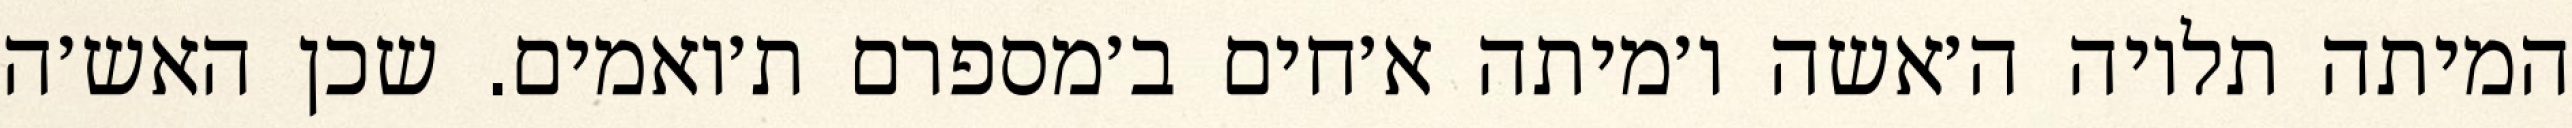
המיתה תלויה ה׳אשה ו׳מיתה א׳חים ב׳מספרם ת׳ואמים. שכן האש׳ה